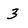
Character: 3